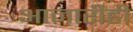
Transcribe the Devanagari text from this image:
आजारीही